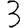
Digit: 3